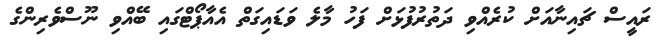
ރައީސް ޗައިނާއަށް ކުރެއްވި ދަތުރުފުޅަށް ފަހު މާލެ ވަޑައިގަތް އެއާޕޯޓްގައި ބޭއްވި ނޫސްވެރިންގެ